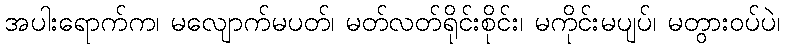
အပါးရောက်က၊ မလျောက်မပတ်၊ မတ်လတ်ရိုင်းစိုင်း၊ မကိုင်းမပျပ်၊ မတွားဝပ်ပဲ၊